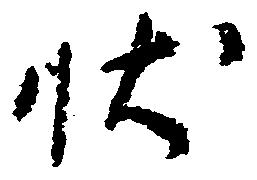
状